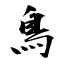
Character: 鳥